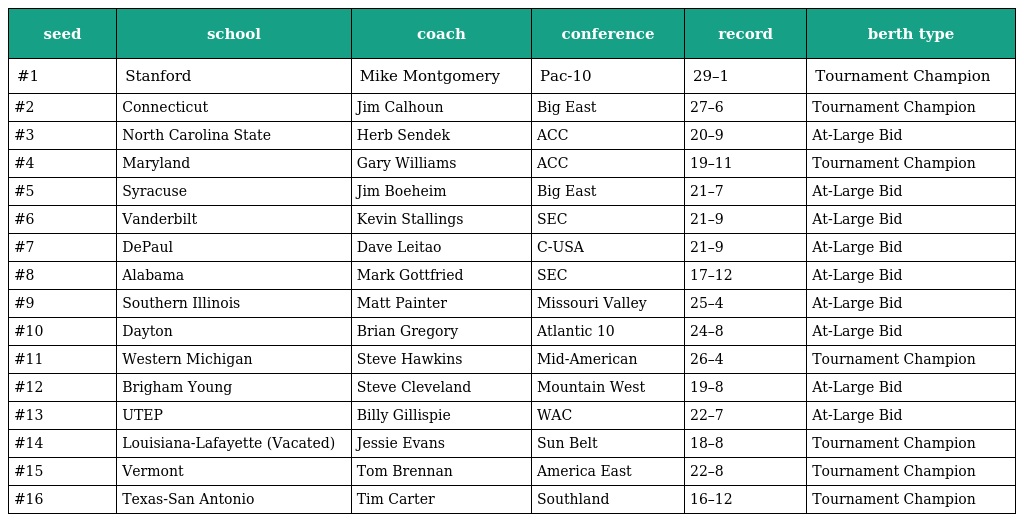
| seed | school | coach | conference | record | berth type |
 | --- | --- | --- | --- | --- | --- |
 | #1 | Stanford | Mike Montgomery | Pac-10 | 29–1 | Tournament Champion |
 | #2 | Connecticut | Jim Calhoun | Big East | 27–6 | Tournament Champion |
 | #3 | North Carolina State | Herb Sendek | ACC | 20–9 | At-Large Bid |
 | #4 | Maryland | Gary Williams | ACC | 19–11 | Tournament Champion |
 | #5 | Syracuse | Jim Boeheim | Big East | 21–7 | At-Large Bid |
 | #6 | Vanderbilt | Kevin Stallings | SEC | 21–9 | At-Large Bid |
 | #7 | DePaul | Dave Leitao | C-USA | 21–9 | At-Large Bid |
 | #8 | Alabama | Mark Gottfried | SEC | 17–12 | At-Large Bid |
 | #9 | Southern Illinois | Matt Painter | Missouri Valley | 25–4 | At-Large Bid |
 | #10 | Dayton | Brian Gregory | Atlantic 10 | 24–8 | At-Large Bid |
 | #11 | Western Michigan | Steve Hawkins | Mid-American | 26–4 | Tournament Champion |
 | #12 | Brigham Young | Steve Cleveland | Mountain West | 19–8 | At-Large Bid |
 | #13 | UTEP | Billy Gillispie | WAC | 22–7 | At-Large Bid |
 | #14 | Louisiana-Lafayette (Vacated) | Jessie Evans | Sun Belt | 18–8 | Tournament Champion |
 | #15 | Vermont | Tom Brennan | America East | 22–8 | Tournament Champion |
 | #16 | Texas-San Antonio | Tim Carter | Southland | 16–12 | Tournament Champion |